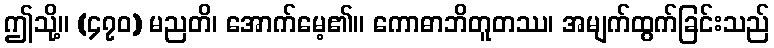
ဤသို့။ (၄၇၀) မညတိ၊ အောက်မေ့၏။ ကောဓာဘိတူတဿ၊ အမျက်ထွက်ခြင်းသည်